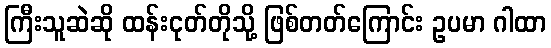
ကြီးသူဆဲဆို ထန်းငုတ်တိုသို့ ဖြစ်တတ်ကြောင်း ဥပမာ ဂါထာ